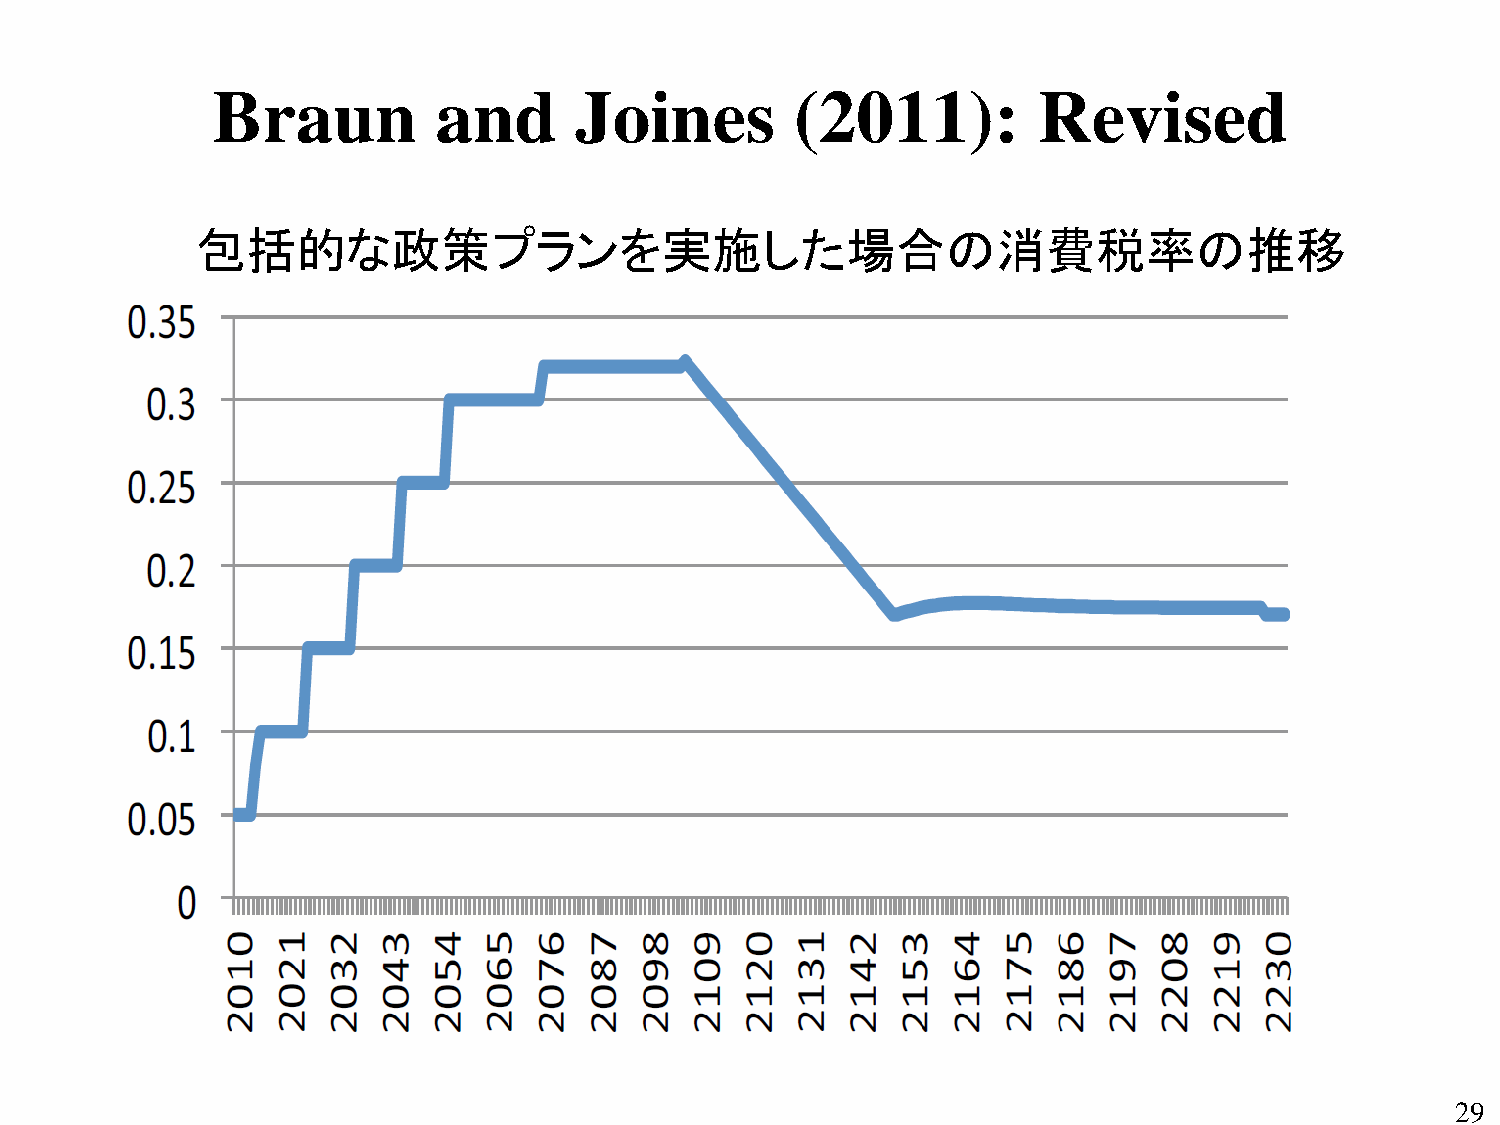
Braun          and      Joines         (2011):         Revised
 包括的な政策プランを実施した場合の消費税率の推移
 29